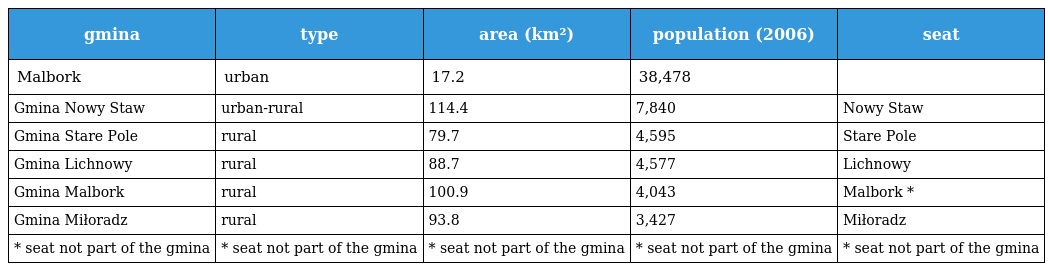
| gmina | type | area (km²) | population (2006) | seat |
 | --- | --- | --- | --- | --- |
 | Malbork | urban | 17.2 | 38,478 |  |
 | Gmina Nowy Staw | urban-rural | 114.4 | 7,840 | Nowy Staw |
 | Gmina Stare Pole | rural | 79.7 | 4,595 | Stare Pole |
 | Gmina Lichnowy | rural | 88.7 | 4,577 | Lichnowy |
 | Gmina Malbork | rural | 100.9 | 4,043 | Malbork * |
 | Gmina Miłoradz | rural | 93.8 | 3,427 | Miłoradz |
 | * seat not part of the gmina | * seat not part of the gmina | * seat not part of the gmina | * seat not part of the gmina | * seat not part of the gmina |